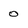
Character: 0